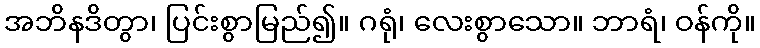
အဘိနဒိတွာ၊ ပြင်းစွာမြည်၍။ ဂရုံ၊ လေးစွာသော။ ဘာရံ၊ ဝန်ကို။